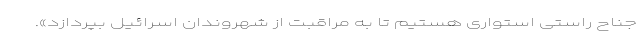
جناح راستی استواری هستیم تا به مراقبت از شهروندان اسرائیل بپردازد».